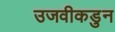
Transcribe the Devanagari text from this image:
उजवीकडुन